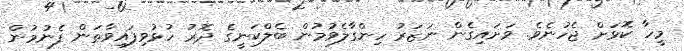
މީހާ ކޮޅަށް ޖެހުނެވެ. ވަށައިގެން ނަޒަރު ހިންގާލެވުމުން ބެލްކަނީގެ ދޮރު ހުޅުވިފައިވާތަން ފެނުމުން